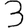
Digit: 3